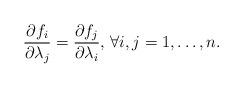
LaTeX: \begin{align*} \frac{\partial f_i}{\partial\lambda_j}=\frac{\partial f_j}{\partial\lambda_i},\,\forall i,j=1,\dots,n.\end{align*}